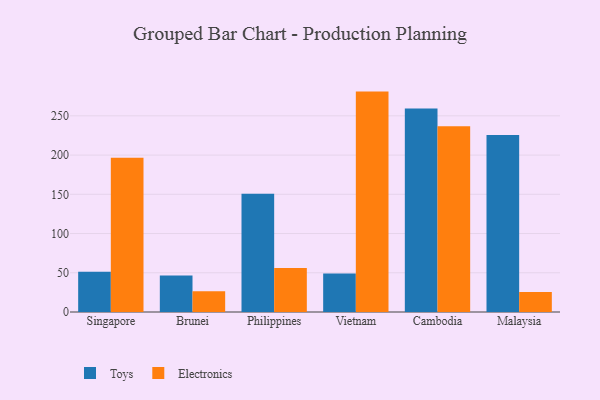
{"axis": {"x": "Country", "y": "Market Share (%)"}, "legend": ["Electronics", "Toys"], "data": [{"x": "Singapore", "y": 51.3, "type": "Toys"}, {"x": "Singapore", "y": 196.5, "type": "Electronics"}, {"x": "Brunei", "y": 46.4, "type": "Toys"}, {"x": "Brunei", "y": 26.5, "type": "Electronics"}, {"x": "Philippines", "y": 150.8, "type": "Toys"}, {"x": "Philippines", "y": 56.0, "type": "Electronics"}, {"x": "Vietnam", "y": 49.1, "type": "Toys"}, {"x": "Vietnam", "y": 280.9, "type": "Electronics"}, {"x": "Cambodia", "y": 259.3, "type": "Toys"}, {"x": "Cambodia", "y": 236.7, "type": "Electronics"}, {"x": "Malaysia", "y": 225.5, "type": "Toys"}, {"x": "Malaysia", "y": 25.4, "type": "Electronics"}]}